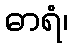
ဓာရံ၊